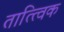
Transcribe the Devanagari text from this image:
तात्‍त्‍विक